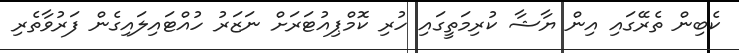
ކެބިން ތެރޭގައި އިން ޔާޝާ ކުރިމަތީގައި ހުރި ކޮމްޕިއުޓަރަށް ނަޒަރު ހުއްޓައިލައިގެން ފަރުވާތެރި